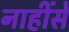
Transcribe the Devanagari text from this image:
नाहींसें